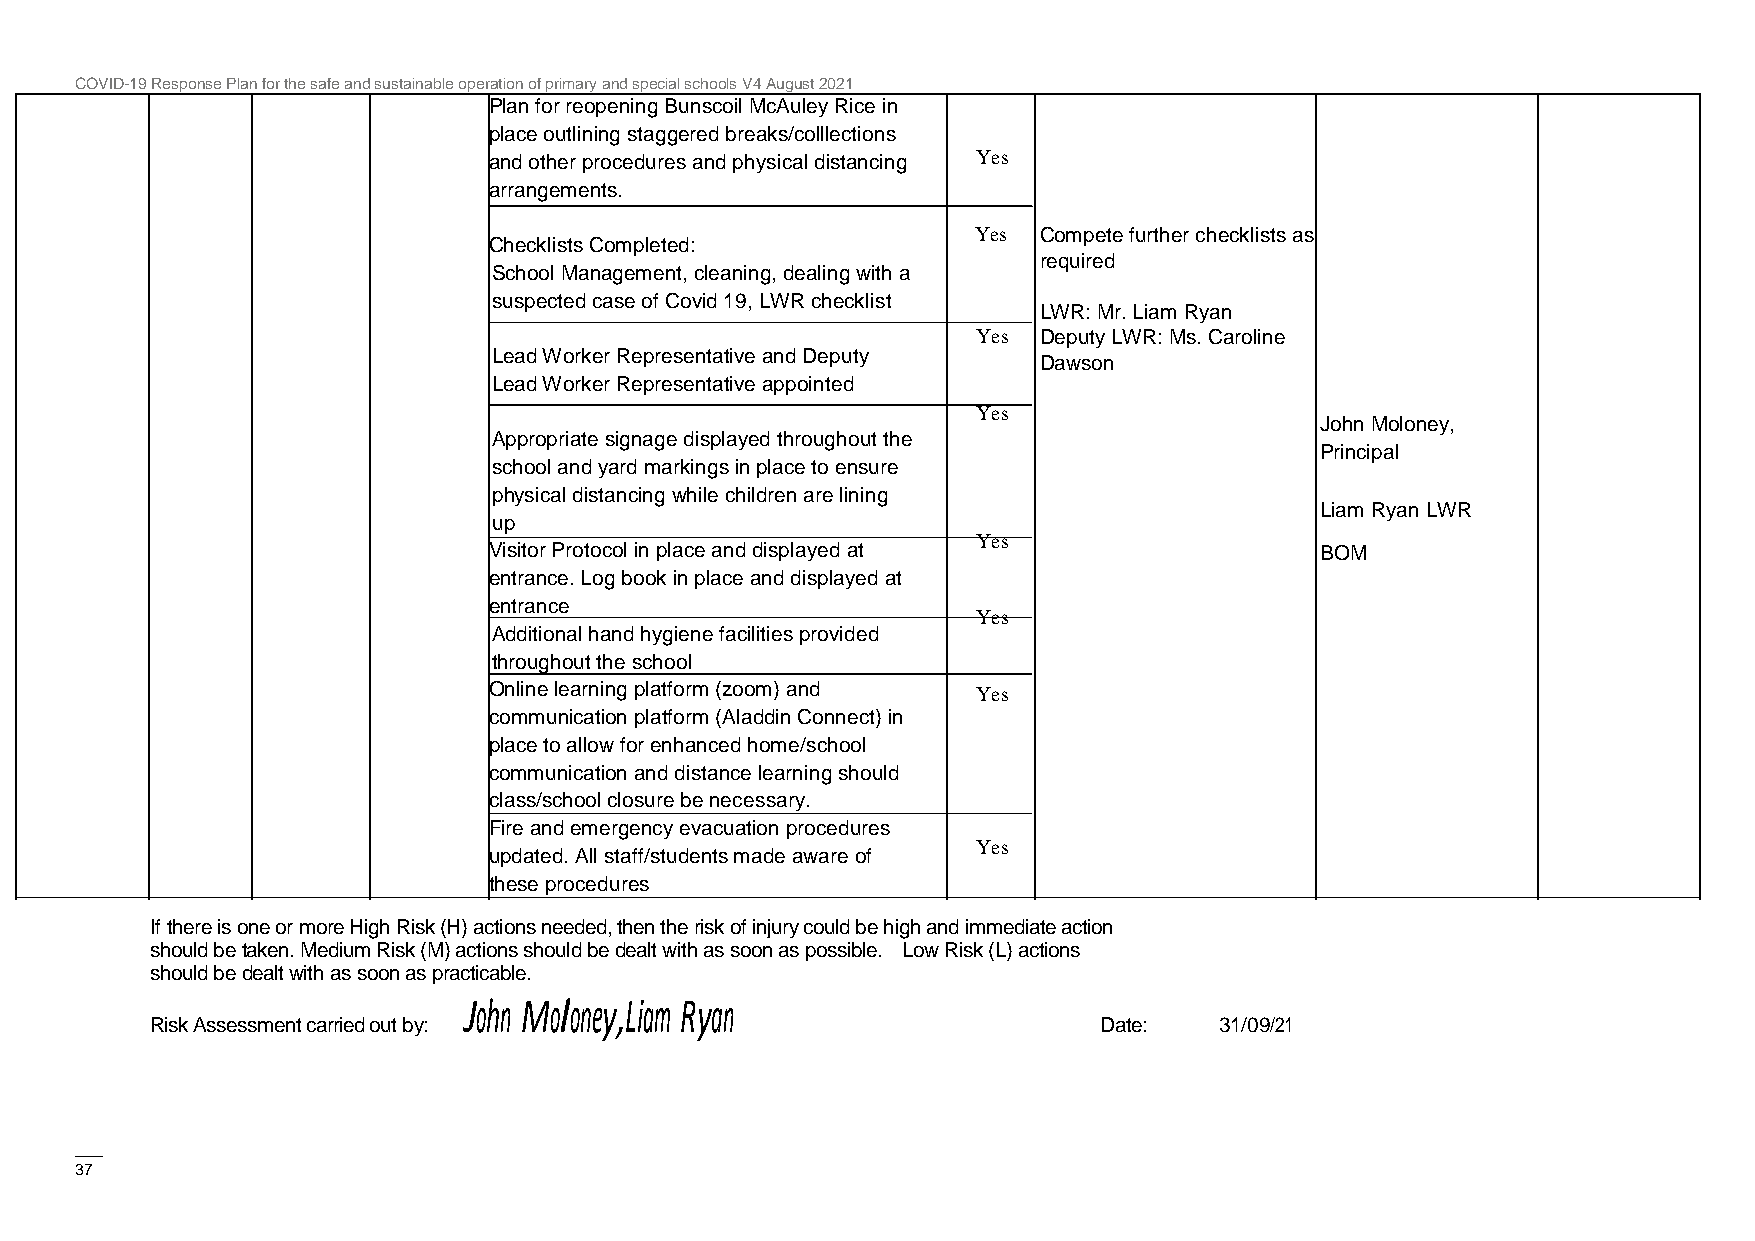
COVID-19 Response Plan for the safe and sustainable operation of primary and special schools V4 August 2021
 Plan for reopening Bunscoil McAuley Rice in
 place outlining staggered breaks/colllections
 and other procedures and physical distancing Yes
 arrangements.
 Yes Compete further checklists as
 Checklists Completed:
 required
 School Management, cleaning, dealing with a
 suspected case of Covid 19, LWR checklist
 LWR: Mr. Liam Ryan
 Yes Deputy LWR: Ms. Caroline
 Lead Worker Representative and Deputy
 Dawson
 Lead Worker Representative appointed
 Yes
 John Moloney,
 Appropriate signage displayed throughout the
 Principal
 school and yard markings in place to ensure
 physical distancing while children are lining
 Liam Ryan LWR
 up
 Yes
 Visitor Protocol in place and displayed at             BOM
 entrance. Log book in place and displayed at
 entrance
 Yes
 Additional hand hygiene facilities provided
 throughout the school
 Online learning platform (zoom) and Yes
 communication platform (Aladdin Connect) in
 place to allow for enhanced home/school
 communication and distance learning should
 class/school closure be necessary.
 Fire and emergency evacuation procedures
 Yes
 updated. All staff/students made aware of
 these procedures
 If there is one or more High Risk (H) actions needed, then the risk of injury could be high and immediate action
 should be taken. Medium Risk (M) actions should be dealt with as soon as possible. Low Risk (L) actions
 should be dealt with as soon as practicable.
 John Moloney,Liam Ryan
 Risk Assessment carried out by:                                Date:   31/09/21
 ——
 37